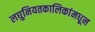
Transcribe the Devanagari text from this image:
लघुनियतकालिकांमधून